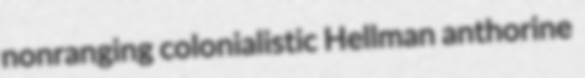
nonranging colonialistic Hellman anthorine